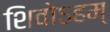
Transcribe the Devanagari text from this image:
शिवोऽहम्